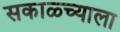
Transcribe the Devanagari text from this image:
सकाळ्च्याला